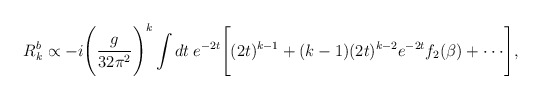
\begin{align*}R_{k}^b \propto -i\Bigg(\frac{g}{32\pi^2}\Bigg)^k \int dt \: e^{-2t} \Bigg[(2t)^{k-1}+(k-1)(2t)^{k-2}e^{-2t}f_2(\beta) +\cdot\cdot\cdot \Bigg],\end{align*}